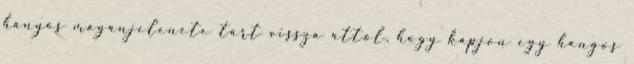
hányós magánjelenete tart vissza attól, hogy kapjon egy hangos